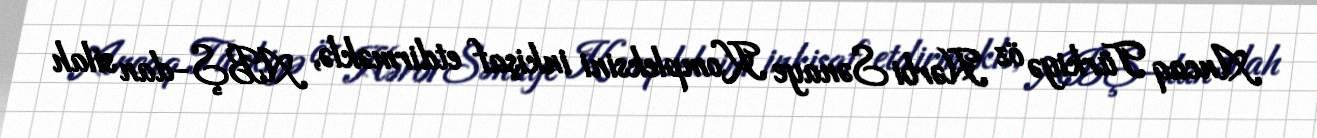
Ancaq Türkiyə öz Hərbi Sənaye Kompleksini inkişaf etdirməklə, ABŞ-dan silah